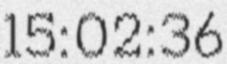
15:02:36